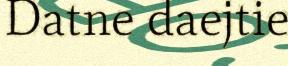
Datne daejtie